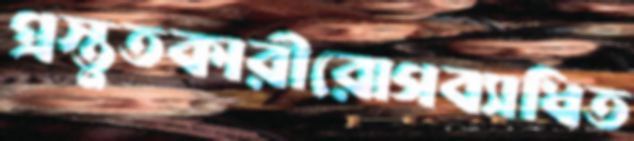
প্রস্তুতকারীরোগব্যাধিত